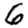
Digit: 6